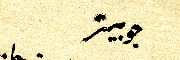
جوبيتر